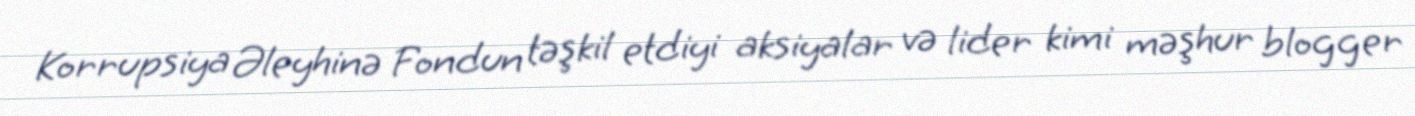
Korrupsiya Əleyhinə Fondun təşkil etdiyi aksiyalar və lider kimi məşhur blogger